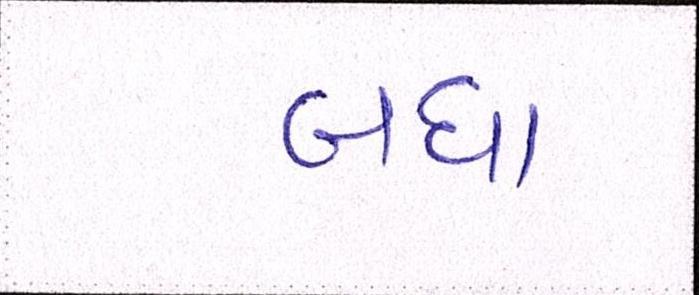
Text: બધા